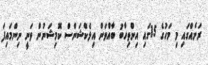
ރަށެއްގައި މި މަހުގެ 15ގައި އިންތިހާބު ބާއްވަން އިލެކްޝަންސް ކޮމިޝަނުން ވަނީ ނިންމައިފަ